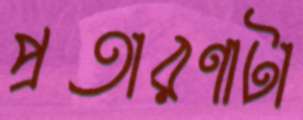
প্রতারণাটা